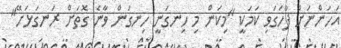
އަހަންނަށް ފާހަގަވި ކަމަކީ "މިކަން މި ހިނގަނީ ހިނގަން ވާނެ ގޮތަށް ރަނގަަޅަށޭ"